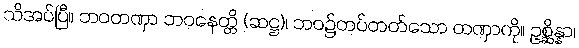
သိအပ်ပြီ။ ဘဝတဏှာ ဘဝနေတ္တိ (ဆဋ္ဌ)၊ ဘဝ၌တပ်တတ်သော တဏှာကို။ ဥစ္ဆိန္နာ၊